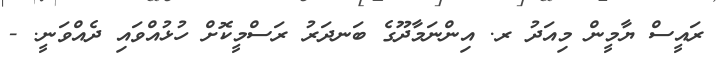
ރައީސް ޔާމީން މިއަދު ރ. އިންނަމާދޫގެ ބަނދަރު ރަސްމީކޮށް ހުޅުއްވައި ދެއްވަނީ. -